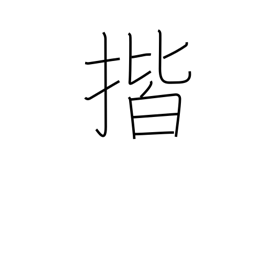
Meaning: wipe